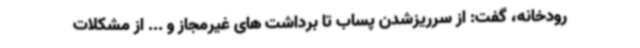
رودخانه، گفت: از سرریزشدن پساب تا برداشت های غیرمجاز و ... از مشکلات